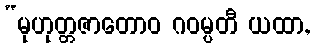
“မုဟုတ္တဇာတောဝ ဂဝမ္ပတီ ယထာ,